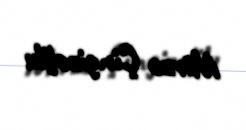
Mirzə Çingizoğlu